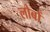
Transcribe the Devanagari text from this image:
लोबों